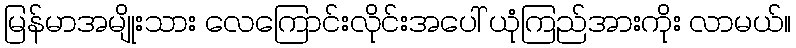
မြန်မာအမျိုးသား လေကြောင်းလိုင်းအပေါ် ယုံကြည်အားကိုး လာမယ်။